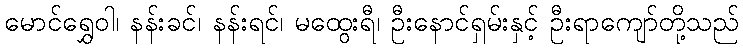
မောင်ရွှေဝါ၊ နန်းခင်၊ နန်းရင်၊ မထွေးရီ၊ ဦးနောင်ရှမ်းနှင့် ဦးရာကျော်တို့သည်